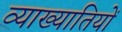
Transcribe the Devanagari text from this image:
व्याख्यातियों